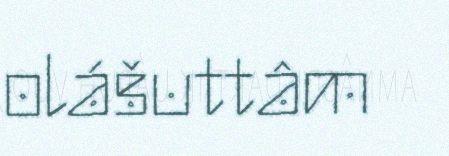
olášuttâm